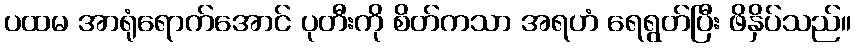
ပထမ အာရုံရောက်အောင် ပုတီးကို စိတ်ကသာ အရဟံ ရေရွတ်ပြီး ဖိနှိပ်သည်။